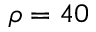
\rho = 4 0